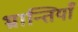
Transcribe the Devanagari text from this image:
भ्रान्तियाँ